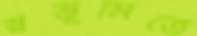
স্বভূমিতে